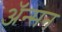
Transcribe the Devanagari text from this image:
अॅन्सन